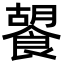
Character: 䭌